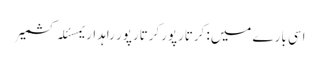
اسی بارے میں: کرتارپورکرتارپور راہداریمسئلہ کشمیر